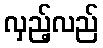
လှည့်လည်